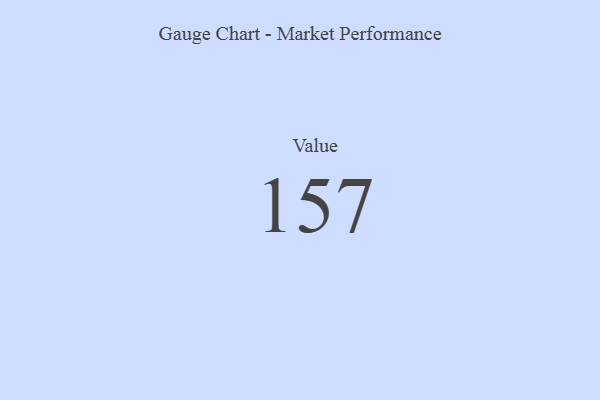
{"axis": {"x": "Metric", "y": "Value"}, "legend": [""], "data": [{"x": "Value", "y": 157, "type": ""}]}